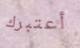
أعتبرك